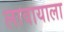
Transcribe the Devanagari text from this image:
लावायाला